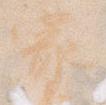
家